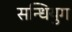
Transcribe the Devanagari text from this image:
सन्धियुग